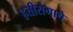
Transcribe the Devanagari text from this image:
हत्तीरोगाचे